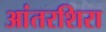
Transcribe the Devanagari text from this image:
आंतरशिरा